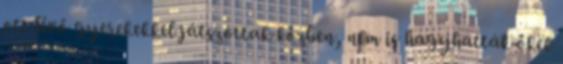
ott lévő gyerekekkel játszottak közben, nem is hagyhatták őket